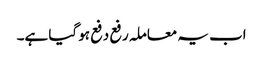
اب یہ معاملہ رفع دفع ہو گیا ہے۔